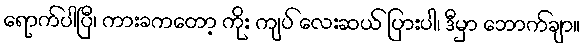
ရောက်ပါပြီ၊ ကားခကတော့ ကိုး ကျပ် လေးဆယ် ပြားပါ၊ ဒီမှာ ဘောက်ချာ။